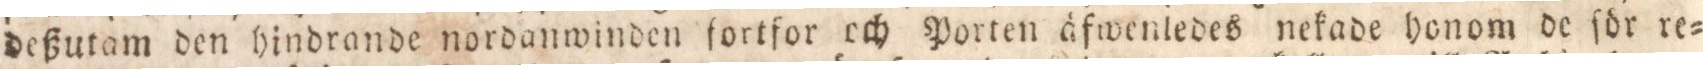
deßutam den hindrande nordanwinden fortfor och Porten äfwentedes nekade honom de för re=